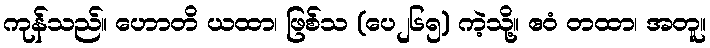
ကုန်သည်။ ဟောတိ ယထာ၊ ဖြစ်သ (ပေ၂၆၅) ကဲ့သို့။ ဧဝံ တထာ၊ အတူ။